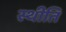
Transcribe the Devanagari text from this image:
स्थीति